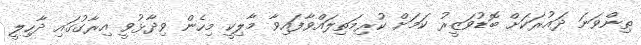
ތިންވަނަ ދައުރަކަށް ބޮޑުވަޒީރު ކަމަށް ކުރިމަތިލައްވާފައިވާ މާލިކީ މިހެން ވިދާޅުވީ އިރާގުގައި ދާހިލީ